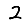
Digit: 2